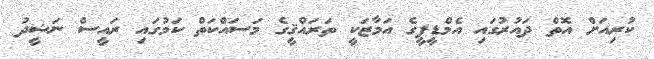
ކުރިއަށް އޮތް ދައުރުގައި އެމްޑީޕީގެ އަމާޒަކީ ތަރައްޤީގެ މަސައްކަތް ކަމުގައި ރައީސް ނަޝީދު